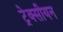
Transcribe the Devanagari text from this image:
ट्रेक्सीयन